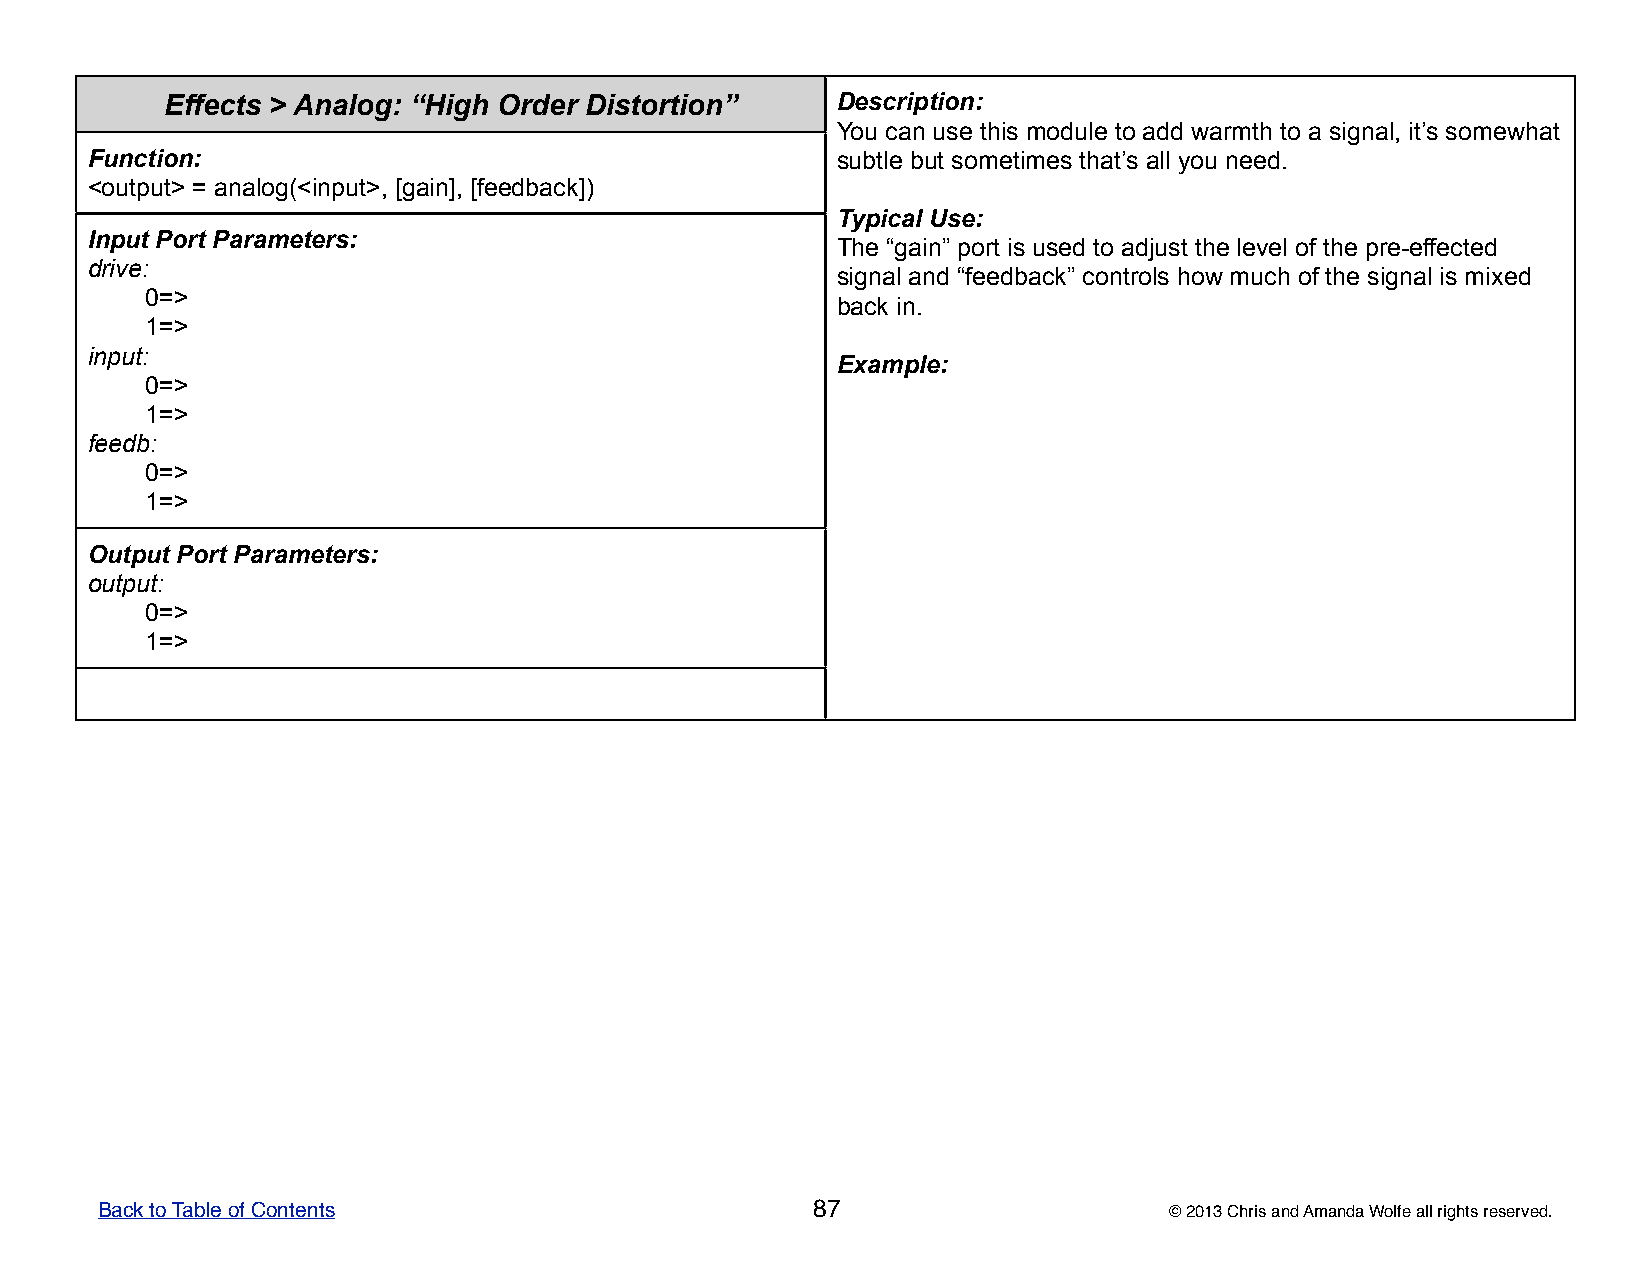
Effects > Analog: “High Order Distortion”   DDDDDeeeeessssscccccrrrrriiiiippppptttttiiiiiooooonnnnn:::::
 YYYYYooooouuuuu cccccaaaaannnnn uuuuussssseeeee ttttthhhhhiiiiisssss mmmmmoooooddddduuuuullllleeeee tttttooooo aaaaadddddddddd wwwwwaaaaarrrrrmmmmmttttthhhhh tttttooooo aaaaa sssssiiiiigggggnnnnnaaaaalllll,,,,, iiiiittttt’’’’’sssss sssssooooommmmmeeeeewwwwwhhhhhaaaaattttt
 Function:                                        sssssuuuuubbbbbtttttllllleeeee bbbbbuuuuuttttt sssssooooommmmmeeeeetttttiiiiimmmmmeeeeesssss ttttthhhhhaaaaattttt’’’’’sssss aaaaallllllllll yyyyyooooouuuuu nnnnneeeeeeeeeeddddd.....
 <output> = analog(<input>, [gain], [feedback])
 TTTTTyyyyypppppiiiiicccccaaaaalllll UUUUUssssseeeee:::::
 Input Port Parameters:
 TTTTThhhhheeeee “““““gggggaaaaaiiiiinnnnn””””” pppppooooorrrrrttttt iiiiisssss uuuuussssseeeeeddddd tttttooooo aaaaadddddjjjjjuuuuusssssttttt ttttthhhhheeeee llllleeeeevvvvveeeeelllll ooooofffff ttttthhhhheeeee ppppprrrrreeeee-----eeeeeffffffffffeeeeecccccttttteeeeeddddd
 drive:
 sssssiiiiigggggnnnnnaaaaalllll aaaaannnnnddddd “““““fffffeeeeeeeeeedddddbbbbbaaaaaccccckkkkk””””” cccccooooonnnnntttttrrrrrooooolllllsssss hhhhhooooowwwww mmmmmuuuuuccccchhhhh ooooofffff ttttthhhhheeeee sssssiiiiigggggnnnnnaaaaalllll iiiiisssss mmmmmiiiiixxxxxeeeeeddddd
 0=>
 bbbbbaaaaaccccckkkkk iiiiinnnnn.....
 1=>
 input:
 EEEEExxxxxaaaaammmmmpppppllllleeeee:::::
 0=>
 1=>
 feedb:
 0=>
 1=>
 Output Port Parameters:
 output:
 0=>
 1=>
 Back to Table of Contents                       87                     © 2013 Chris and Amanda Wolfe all rights reserved.